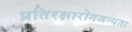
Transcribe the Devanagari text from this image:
प्रतिरक्षारोगजन्यता